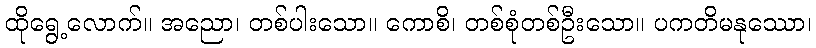
ထိုရွေ့လောက်။ အညော၊ တစ်ပါးသော။ ကောစိ၊ တစ်စုံတစ်ဦးသော။ ပကတိမနုဿော၊